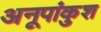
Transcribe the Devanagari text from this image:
अनूपांकुश